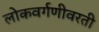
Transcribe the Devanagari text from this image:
लोकवर्गणीवरती